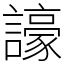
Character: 譹